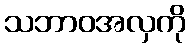
သဘာဝအလှကို